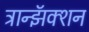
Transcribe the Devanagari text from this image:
ट्रान्झॅक्शन